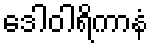
ဒေါဝါရိကာနံ